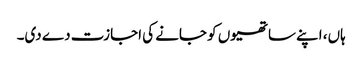
ہاں، اپنے ساتھیوں کو جانے کی اجازت دے دی۔